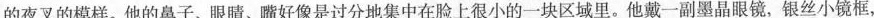
的夜叉的模样。他的鼻子、眼睛、嘴好像是过分地集中在脸上很小的一块区域里。他戴一副墨晶眼镜，银丝小镜框，